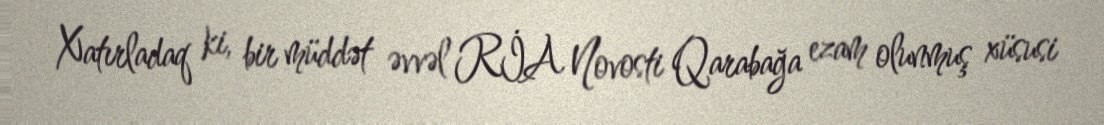
Xatırladaq ki, bir müddət əvvəl RİA Novosti Qarabağa ezam olunmuş xüsusi